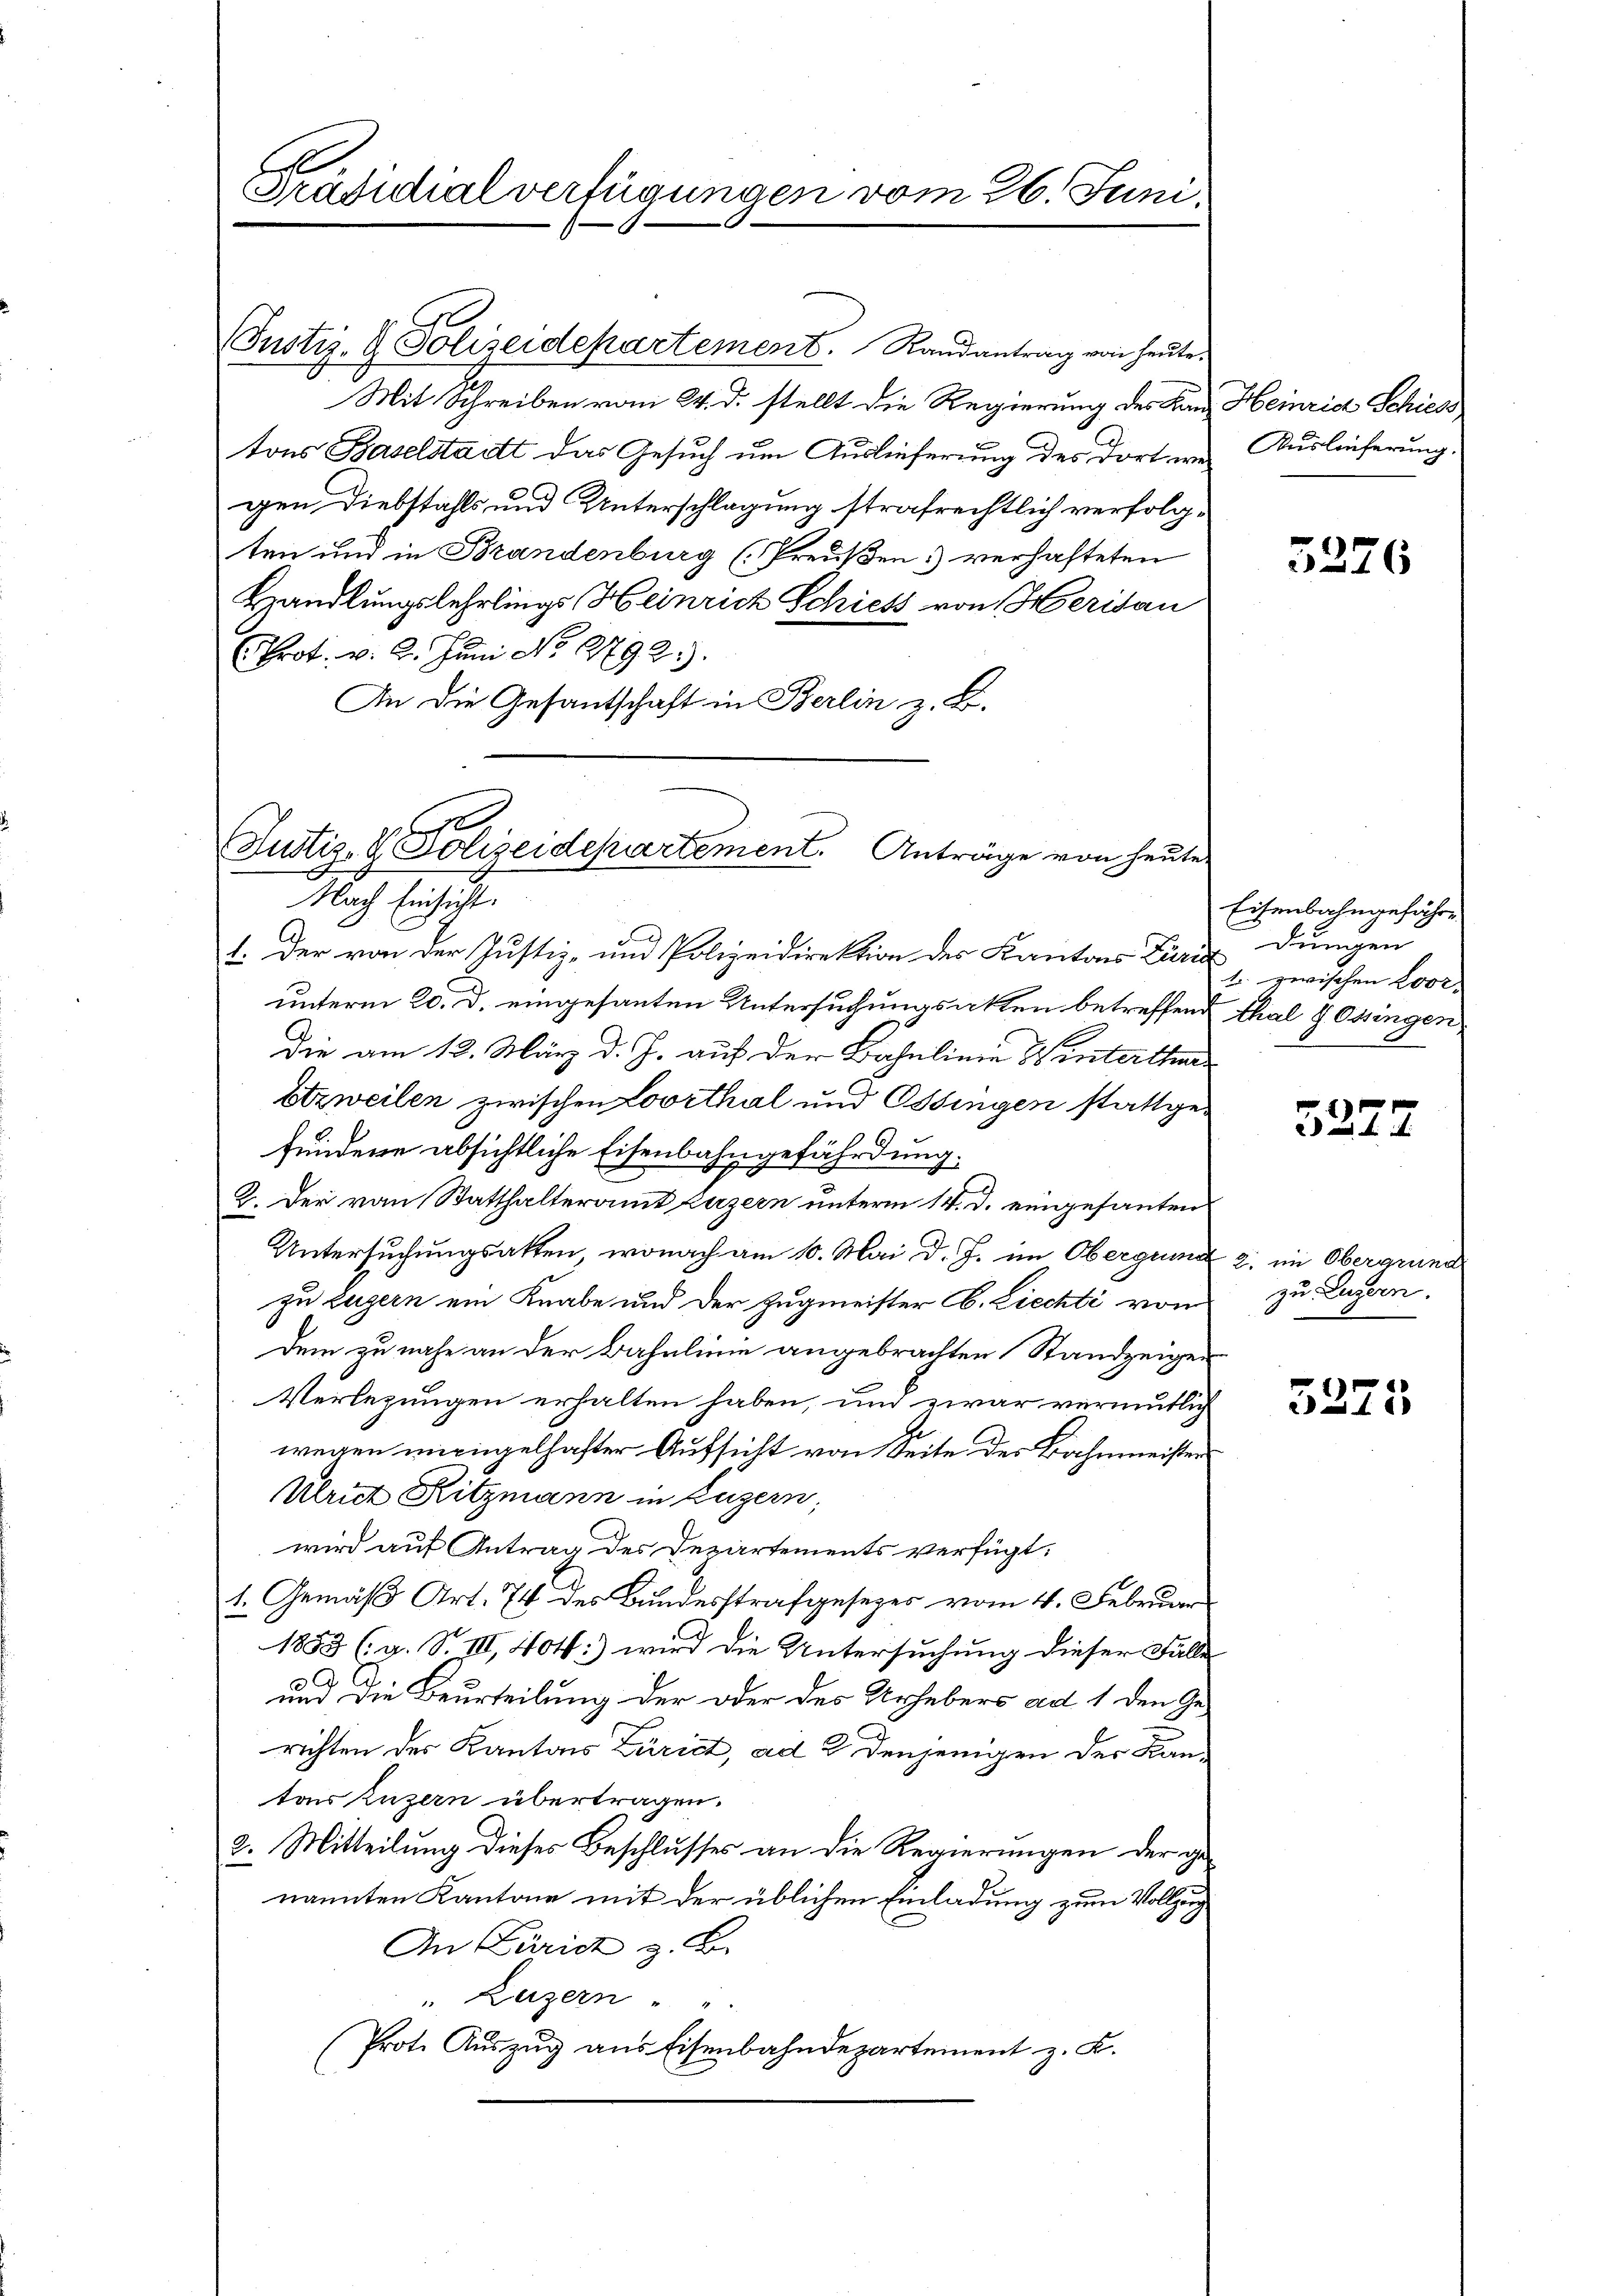
Präsidialverfügungen vom 26. Juni

(Justiz- & Polizeidepartement. Randantrag von heute.
Mit Schreiben vom 24. d. stellt die Regierung des Lanz Heinrich Schiess
tons Baselstadt das Gesuch um Auslieferung des Dort wer
gen Diebstahls und Unterschlagung strafrechtlich verfolgten und in Brandenburg (Preußen) verhafteten
Handlungslehrlings Heinrich Schiess von Herisau
brot. v. 2. Juni No 1792.
An die Gesantschaft in Berlin z. B.

Justiz- & Polizeidepartement. Anträge von heute
Nach Einsicht.

1. Der von der Justiz- und Polizeidirektion des Kantons Züric dungen
unterm 20. d. eingesanten Untersuchungsakten betreffend thal & Ossingen
Die am 12. März d. J. auf der Bahnlinie Wintertha¬
Etzweilen zwischen Loorthal und Ossingen stattgefundene absichtliche Eisenbahngefährdung.
2. Der von Statthalteramt Luzern unterm 14. d. eingesanten
Untersuchungsatten, wonach am 10. Mai d. J. im Obergund 2. im Obergrund
zu Luzern ein Knabe und der Zugmeister C. Ziechti von
dem zu nahe an der Bahnlinie angebrachten Standzeigen
Verletzungen erhalten haben, und zwar vermutlich
wegen miringelhafter Aufsicht von Seite des Bahnmeister
Ulrict Ritzmann in Luzern,
wird auf Antrag des Departements verfügt:
1. Gemäß Art. 74 des Bundesstrafgesezes vom 4. Februar
1853 (g. S. III, 404:) wird die Untersuchung dieser Falle
und die Beurteilung der oder des Urhebers ad 1 den Gerichten des Kantons Zürich, ad 2 denjenigen der Kantons Luzern übertragen.
2. Mitteilung dieses Beschlusses an die Regierungen der genannten Kantone mit der üblichen Einladung zum Vollzug
An Züricht z. B.
" Luzern " "
Prote Auszug aus Eisenbahndepartement z. K.

Auslieferung.

5226

Eisenbahngefähre
1. zwischen Loor-

3227

zu Luzern.

5273